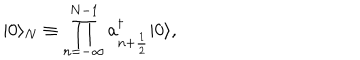
| 0 \rangle _ { N } \equiv \prod _ { n = - \infty } ^ { N - 1 } a _ { n + { \frac { 1 } { 2 } } } ^ { \dagger } | 0 \rangle ,